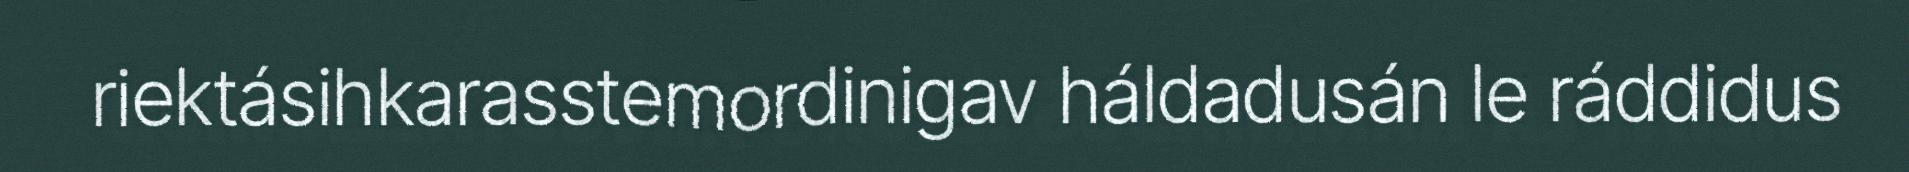
riektásihkarasstemordinigav háldadusán le ráddidus